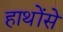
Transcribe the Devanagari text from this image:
हाथोंसे